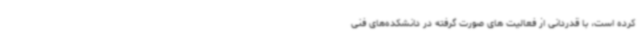
کرده است، با قدردانی از فعالیت های صورت گرفته در دانشکده‌های فنی